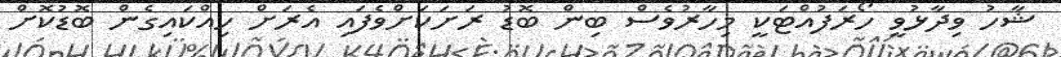
ޝާހު ވިދާޅުވީ ހޯރަފުއްޓަކީ މިހާރުވެސް ބިން ބޮޑު ރަށަކަށްވެފައި އެރަށް ހިއްކައިގެން ބޮޑުކޮށް